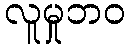
လူမှုဘဝ